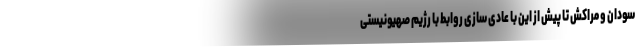
سودان و مراکش تا پیش از این با عادی سازی روابط با رژیم صهیونیستی